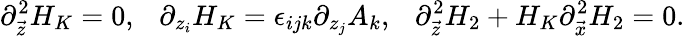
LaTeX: \partial_{\vec{z}}^{2}H_{K}=0,\ \ \ \partial_{z_{i}}H_{K}=\epsilon_{ijk}\partial_{z_{j}}A_{k},\ \ \ \partial_{\vec{z}}^{2}H_{2}+H_{K}\partial_{\vec{x}}^{2}H_{2}=0.